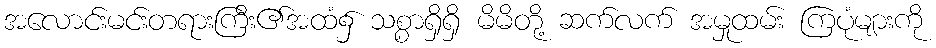
အလောင်းမင်းတရားကြီး၏အထံ၌ သစ္စာရှိရှိ မိမိတို့ ဆက်လက် အမှုထမ်း ကြပုံများကို